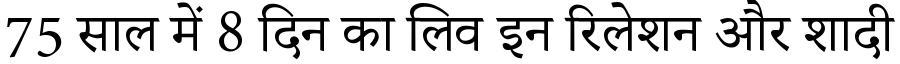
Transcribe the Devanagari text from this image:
75 साल में 8 दिन का लिव इन रिलेशन और शादी